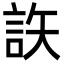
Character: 䛈